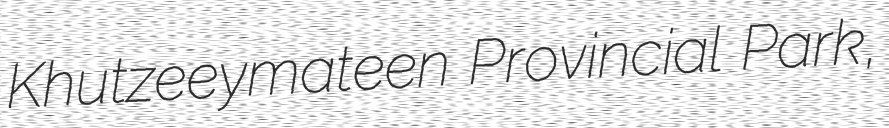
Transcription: Khutzeeymateen Provincial Park,